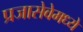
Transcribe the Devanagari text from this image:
प्रजासेवेमध्ये